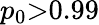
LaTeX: p_{0}{>}0.99